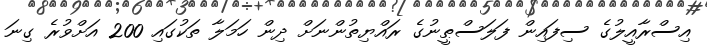
އިސްރާއީލުގެ ސިފައިން ފަލަސްޠީނުގެ ރައްޔިތުންނަށް ދިން ހަމަލާ ތަކުގައި 200 އަށްވުރެ ގިނަ